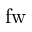
\mathrm { f w }